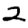
Digit: 2